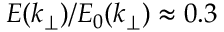
E ( k _ { \perp } ) / E _ { 0 } ( k _ { \perp } ) \approx 0 . 3